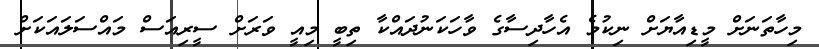
މިހާތަނަށް މީޑިއާޔަށް ނިކުމެ އެހާދިސާގެ ވާހަކަނުދައްކާ ތިބީ މިއީ ވަރަށް ސީރިއަސް މައްސަލައަކަށް